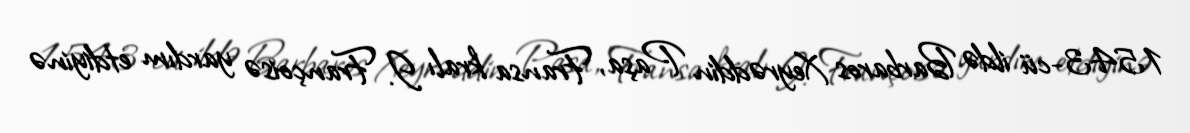
1543-cü ildə Barbaros Xeyrəddin Paşa, Fransa kralı I. Françoisə yardım etdiyinə